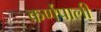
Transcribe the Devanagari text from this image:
कर्णपाली